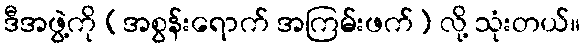
ဒီအဖွဲ့ကို (အစွန်းရောက် အကြမ်းဖက်) လို့ သုံးတယ်။